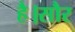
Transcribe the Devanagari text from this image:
है।सौर